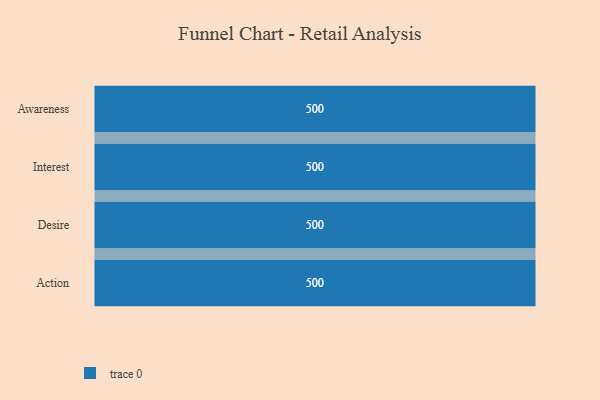
{"axis": {"x": "Stage", "y": "Value"}, "legend": [""], "data": [{"x": "Awareness", "y": 500, "type": ""}, {"x": "Interest", "y": 500, "type": ""}, {"x": "Desire", "y": 500, "type": ""}, {"x": "Action", "y": 500, "type": ""}]}